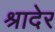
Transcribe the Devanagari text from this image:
श्रादेर